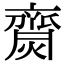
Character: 齌